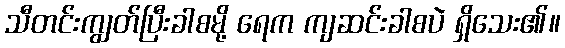
သီတင်းကျွတ်ပြီးခါစမို့ ရေက ကျဆင်းခါစပဲ ရှိသေး၏။